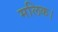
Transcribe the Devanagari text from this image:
मलिक।